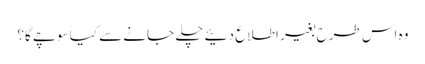
وہ اس طرح بغیر اطلاع دئیے چلے جانے سے کیا سوچے گا؟